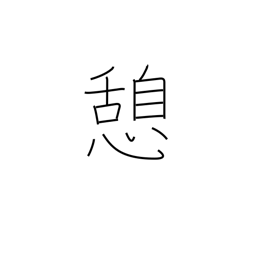
Meaning: rest